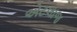
એટલાજ